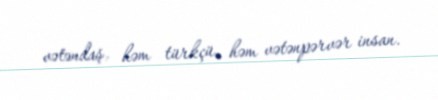
vətəndaş, həm türkçü, həm vətənpərvər insan.